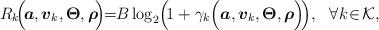
LaTeX: \begin{align*}R_{k}\!\Big(\!\boldsymbol{a}, \boldsymbol{v}_{k},\boldsymbol{\Theta},\boldsymbol{\rho}\!\Big)\!\!=\!\!B\log _{2}\!\Big(\!1+\gamma_{k}\Big(\boldsymbol{a}, \boldsymbol{v}_{k},\boldsymbol{\Theta},\boldsymbol{\rho}\Big)\!\Big), \ \ \forall k \!\in \!\mathcal{K},\end{align*}